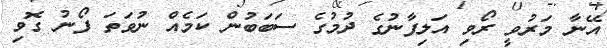
އޭނާ މަރުވީ ރޯވި އަލިފާނުގެ ދުމުގެ ސަބަބުން ކަމެއް ނުވަތަ ފޯނު ގޮވި